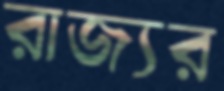
রাজ্যর